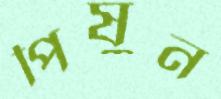
পিষুন